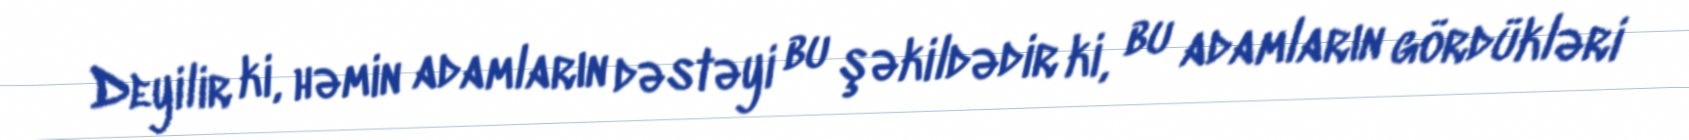
Deyilir ki, həmin adamların dəstəyi bu şəkildədir ki, bu adamların gördükləri